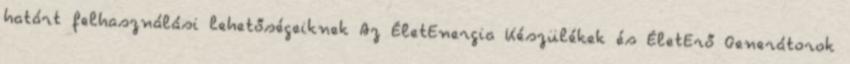
határt felhasználási lehetőségeiknek Az ÉletEnergia Készülékek és ÉletErő Generátorok